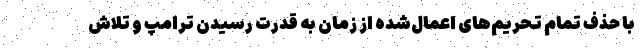
با حذف تمام تحریم‌های اعمال‌شده از زمان به قدرت رسیدن ترامپ و تلاش